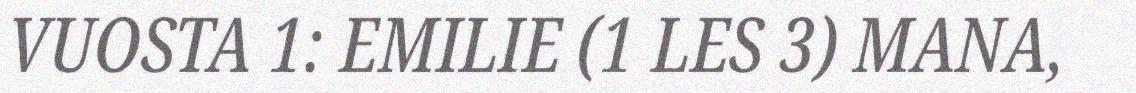
VUOSTA 1: EMILIE (1 LES 3) MANA,